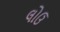
લોઉ